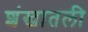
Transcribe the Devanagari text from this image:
शंखातली